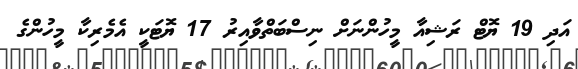
އަދި 19 ޔޮޓް ރަޝިއާ މީހުންނަށް ނިސްބަތްވާއިރު 17 ޔޮޓަކީ އެމެރިކާ މީހުންގެ